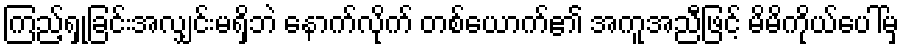
ကြည့်ရှုခြင်းအလျှင်းမရှိဘဲ နောက်လိုက် တစ်ယောက်၏ အကူအညီဖြင့် မိမိကိုယ်ပေါ်မှ